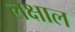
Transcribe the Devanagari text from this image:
लक्षाल